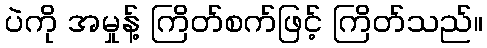
ပဲကို အမှုန့် ကြိတ်စက်ဖြင့် ကြိတ်သည်။